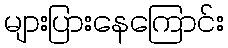
များပြားနေကြောင်း